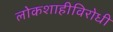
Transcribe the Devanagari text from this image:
लोकशाहीविरोधी